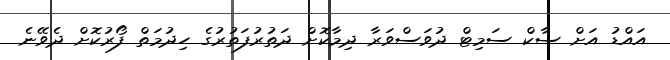
އައްޑު އަށް ސާކް ސަމިޓް ދުވަސްވަރާ ދިމާކޮށް ދަތުރުފަތުރުގެ ހިދުމަތް ފޯރުކޮށް ދެވޭނެ